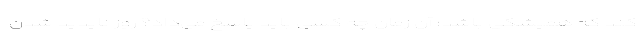
کند که همیشگی باشد؛ آن زمان چه کسی باید پاسخ می‌داد؟ روز ناپدید شدن